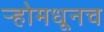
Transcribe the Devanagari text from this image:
र्‍होमधूनच